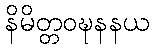
နိမိတ္တဝဍ္ဎနနယ